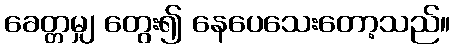
ခေတ္တမျှ တွေး၍ နေပေသေးတော့သည်။